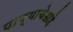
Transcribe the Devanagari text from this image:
पाण्याचेआहे